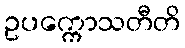
ဥပက္ကောသတီတိ